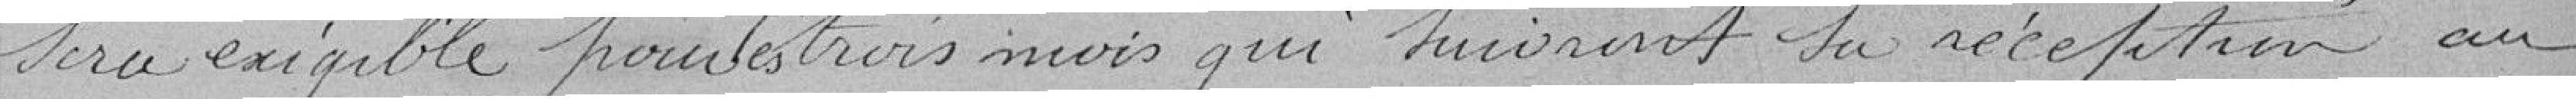
sera exigible pour les trois mois qui suivront sa réception au